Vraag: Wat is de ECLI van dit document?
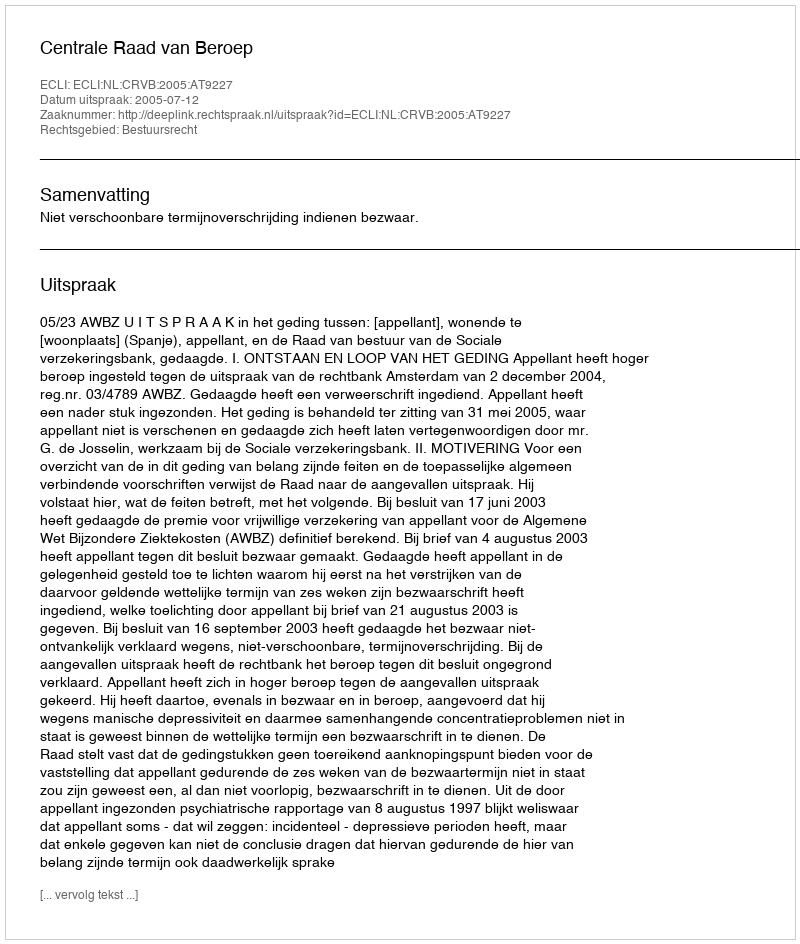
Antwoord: ECLI:NL:CRVB:2005:AT9227